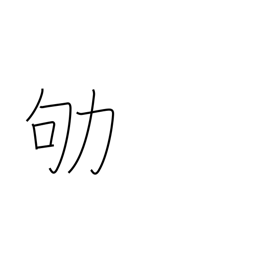
Meaning: work busily